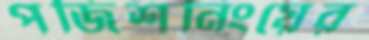
পজিশনিংয়ের